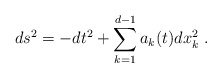
\begin{align*}ds^{2} = - dt^{2} + \sum_{k=1}^{d-1} a_{k}(t) dx^{2}_{k}\ .\end{align*}